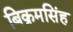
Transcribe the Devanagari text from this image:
बिक्रमसिंह